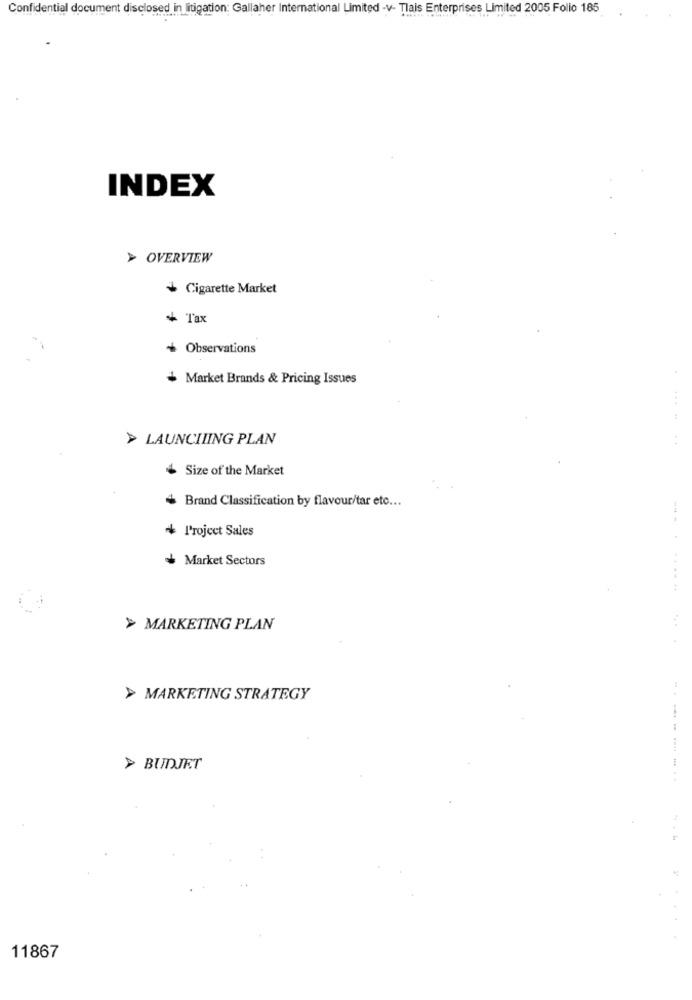
Confidential document disclosed in litigation: Gallaher International Limited -v- Tlais Enterprises Limited 2005 Folio 185
INDEX
> OVERVIEW
+ Cigarette Market
+ Tax
+ Observations
Market Brands & Pricing Issues
LAUNCIIING PLAN
Size of the Market
+ Brand Classification by flavour/tar eto ...
+ Project Sales
+ Market Sectors
... . .....
> MARKETING PLAN
> MARKETING STRATEGY
> BUDJET
11867